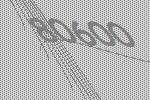
80600